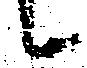
候